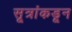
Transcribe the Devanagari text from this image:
सूत्रांकडून